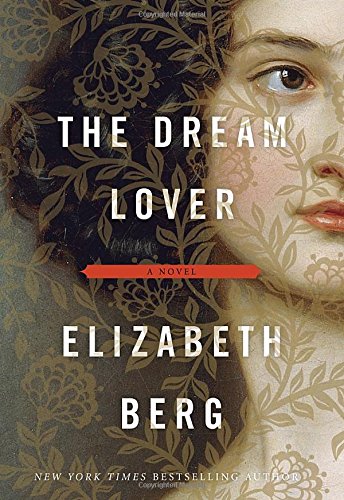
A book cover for The Dream Lover: A Novel; Elizabeth Berg; Literature & Fiction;